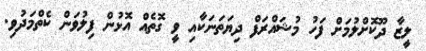
ލީޒާ ދޫކޮށްލުމަށް ފަހު މުޝައްރަފް ދިޔަތަނަކާއި ވީ ގޮތެއް އޮޅުން ފިލުވަން ކެތްމަދުވި.